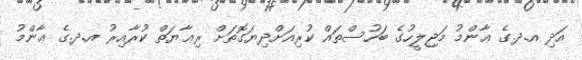
އަދި އ.ދ.ގެ ޢާންމު މަޖިލީހުގެ ބަހުސްތައް ކުރިއަށްދިޔަގޮތަށް ރިޢާޔަތް ކުރާއިރު އ.ދ.ގެ ޢާންމު